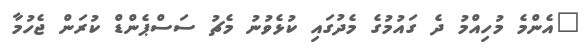
"އެންމެ މުހިއްމު ދެ ގައުމުގެ މެދުގައި ކުޅެވުނު މެޗު ސަސްޕެންޑް ކުރަން ޖެހުމާ